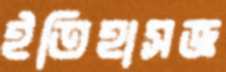
ইতিহাসজ্ঞ